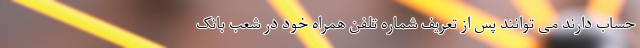
حساب دارند می توانند پس از تعریف شماره تلفن همراه خود در شعب بانک